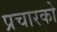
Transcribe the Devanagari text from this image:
प्रचारको